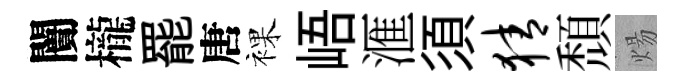
闠櫳罷唐裸峿滙須猜頹煬